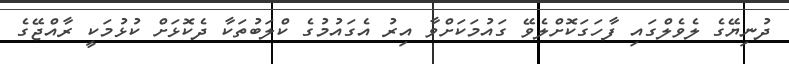
ދުނިޔޭގެ ލެވެލްގައި ފާހަގަކޮށްލެވޭ ގައުމަކަށްވާ އިރު އެގައުމުގެ ކްލަބުތަކާ ދެކޮޅަށް ކުޅުމަކީ ރާއްޖޭގެ